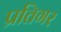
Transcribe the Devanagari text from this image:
प्रतिगर